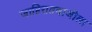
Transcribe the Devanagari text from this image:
जाहिरातबाजीला